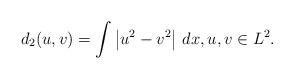
LaTeX: \begin{align*}d_2(u,v) = \int \left|u^2-v^2\right|\,dx,u,v\in L^2. \end{align*}